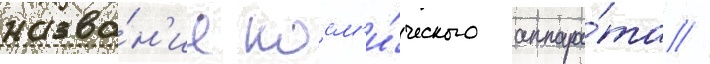
назва́н'ие косм'и́ческого аппара́та //